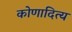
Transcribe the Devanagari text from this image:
कोणादित्य